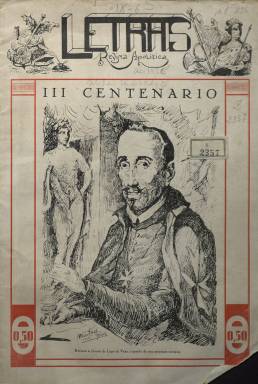
Título: Letras (Sevilla)
Colección: Cultura
Ámbito geográfico: Sevilla
Lugar de publicación: Sevilla
Fechas: 30/09/1935-04/04/1936

El subtítulo de esta publicación cultural sevillana era Revista Apolítica, lo que da una idea de cómo la lucha política lo invadía casi todo en 1935, momento de su aparición, a menos de un año de que diera comienzo la Guerra Civil.

   No es mucho lo que se conoce de esta revista, que muy probablemente acabaría su trayectoria con el inicio del conflicto bélico. Su periodicidad era irregular, cada mes y medio o dos meses, y podía editarse gracias a los anuncios que acompañaban a cada número.

  En la portada de su primer número, de 30 de septiembre de 1935, podemos ver un retrato a pluma de Lope de Vega con motivo del III Centenario de su muerte realizado por Alejandro Martínez, quien realizaría casi todos los dibujos que salpican la publicación, cuyo director era Antonio Suárez.

   El contenido de la revista era claramente de índole cultural pero podían leerse también artículos sobre economía y temas sociales. En el primer número por ejemplo se encuentra uno sobre ‘El paro forzoso en las llamadas clases medias’.

   La aparición de esta publicación fue saludada favorablemente por medios periodísticos como Blanco y Negro, El Liberal o El Sol, dado que venía a llenar un espacio desatendido en Andalucía, el cultural, en unos años en que la información política era predominante.

   La revista fue ganando páginas e incorporando la fotografía a su información gráfica. En el segundo número, por ejemplo, hay varias páginas de fotografías dedicadas a monumentos italianos. También se fueron ampliando progresivamente las secciones, con una dedica a la información y crítica de libros, otra al teatro y otra a la cartelera de cine, con imágenes de artistas del celuloide.

   Como ejemplo de la mentalidad abierta y tolerante de sus editores, es curioso que la publicación incorporase la programación de Radio Moscú, con los contenidos de esta emisora para todo el mes de noviembre de 1935, entre los que abundan los de carácter ideológico.

[Descripción publicada el 17/08/2022]